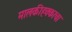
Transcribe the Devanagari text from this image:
मालकीहक्काचा